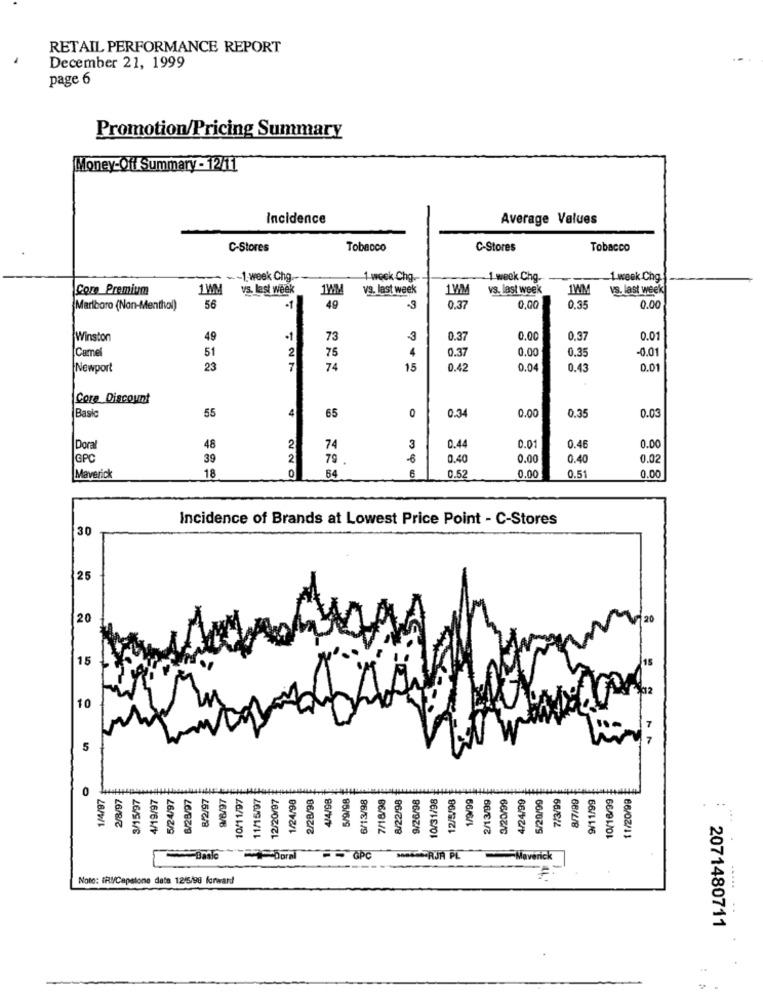
RETAIL PERFORMANCE REPORT
December 21, 1999
page 6
Promotion/Pricing Summary
Money-Off Summary - 12/1
Incidence
Average Values
C-Stores
Tobacco
C-Stores
Tobacco
-- 1 week Chg.
1 week Chg.
1 week Chg.
1 week Chg.
Core Premium
1W
vs. last week
1WMM
v9. last week
1MM
vs. last week
vs. last week
Marlboro (Non-Menthol)
56
·1
49
-3
0.37
0.00
0,35
0.00
Winston
49
·1
73
3
0.37
0.00
0.37
0.01
51
2
4
0.37
0.00
0.35
-0.01
[Camel
75
Newport
23
7
74
15
0.42
0.04
0.43
0.01
Core Discount
4
0
0.00
0.35
0.03
Basic
55
65
0.34
Doral
48
2
74
3
0.44
0.01
0.46
0.00
GPC
39
2
79
€
0.40
0.00
0.40
0.02
18
0
64
0.52
0.00
0.51
Maverick
0.00
Incidence of Brands at Lowest Price Point - C-Stores
30
25
20
120
15
10
5
1/4/97
2/8/97
3/15/97
4/19/97
5/24/97
6/28/97
8/2/97
10/11/97
11/15/07
12/20/97
1/24/98
2/28/98
4/4/98
5/9/98
6/13/98
7/18/98
8/22/98
9/26/98
10/31/98
1/9/99
2/13/99
3/20/99
4/24/99
7/3/99
8/7/99
9/11/99
10/16/99
11/20/99
9/8/97
12/5/98
5/29/99
...
Maverick
....
Note: IRM/Capstone date 12/5/98 forward
2071480711